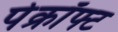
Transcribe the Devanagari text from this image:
पेक्रॉफ्ट